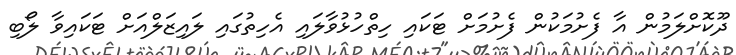
ދޫކޮށްލަމުން އާ ފެށުމަކުން ފެށުމަށް ޓަކައި ހިތްހުޅުވާލައި އެހިތުގައި ލައިޒަލްއަށް ޓަކައިވާ ލޯބި